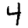
Digit: 4